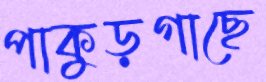
পাকুড়গাছে